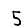
Digit: 5